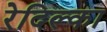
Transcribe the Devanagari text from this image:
रेदिल्का